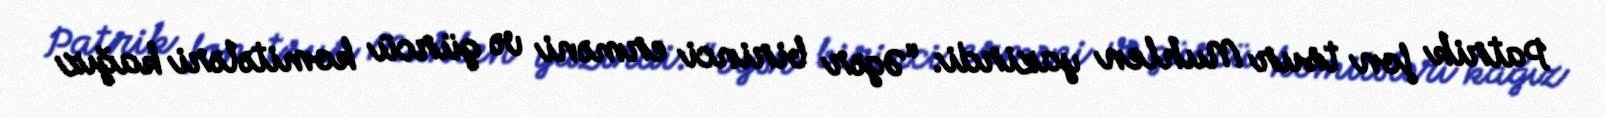
Patrik fon tsur Muhlen yazirdi: “Əgər birinci erməni və gürcü komitələri kağız